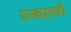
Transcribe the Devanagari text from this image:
एरबसची